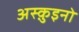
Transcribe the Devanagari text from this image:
अस्क़ुइनो